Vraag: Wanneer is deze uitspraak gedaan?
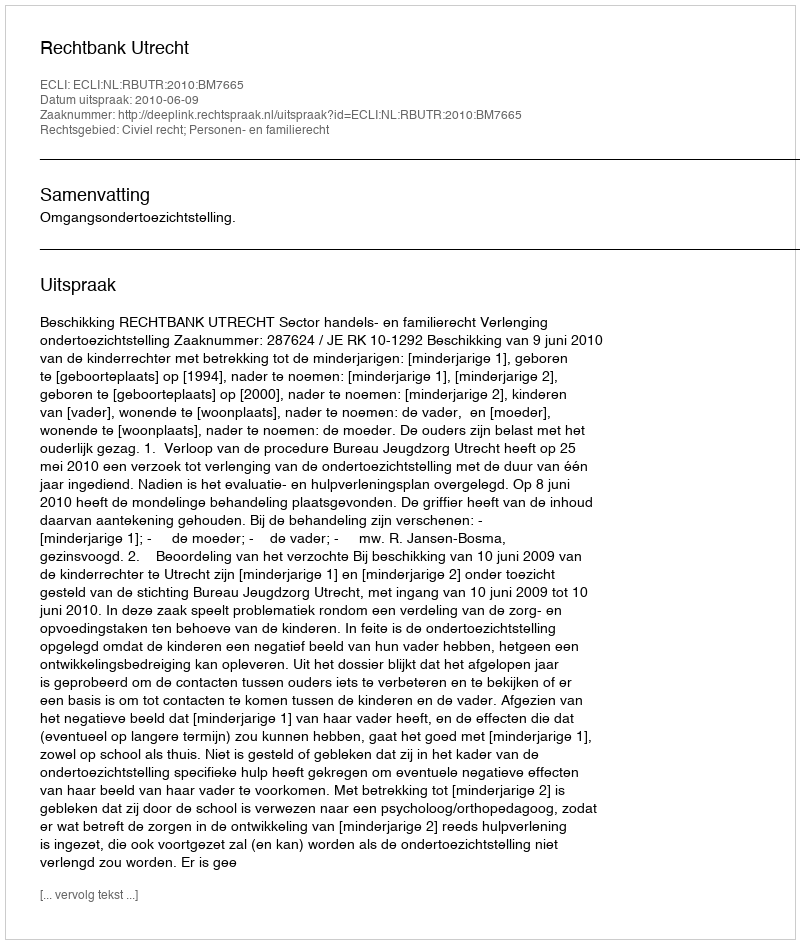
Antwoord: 2010-06-09